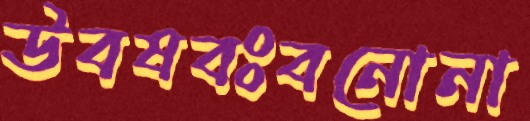
উবষবঃবনোনা